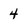
Character: 4